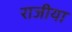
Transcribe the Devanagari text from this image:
राजीया